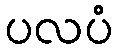
ပလပံ